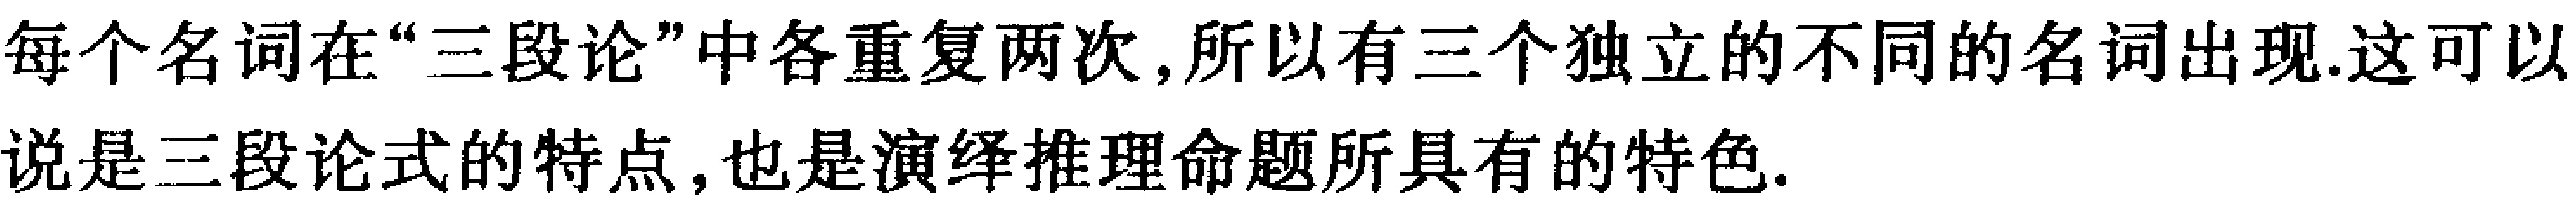
每个名词在“三段论”中各重复两次,所以有三个独立的不同的名词出现.这可以说是三段论式的特点,也是演绎推理命题所具有的特色.